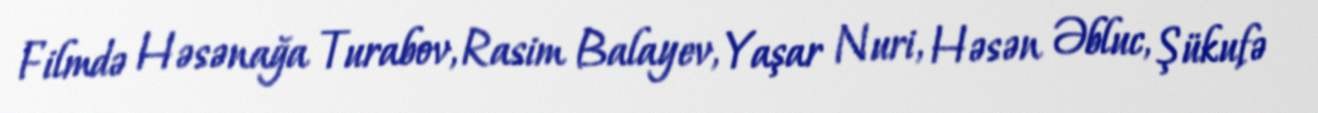
Filmdə Həsənağa Turabov, Rasim Balayev, Yaşar Nuri, Həsən Əbluc, Şükufə